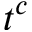
t ^ { c }